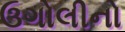
ઉગોલીનો